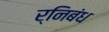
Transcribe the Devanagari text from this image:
र्निबंध